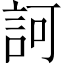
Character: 訶